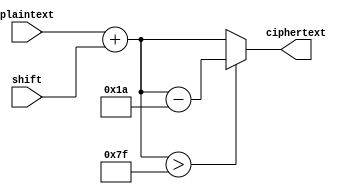
module caesar_cipher (
    input wire [7:0] plaintext, // 8-bit ASCII character
    input wire [3:0] shift,     // 4-bit shift value
    output wire [7:0] ciphertext
);

    // Declare internal signals
    wire [7:0] shifted_char;

    always @(*) begin
        // Implement the Caesar cipher logic
        shifted_char = plaintext + shift;

        if (shifted_char > 127) begin
            shifted_char = shifted_char - 26;
        end

        ciphertext = shifted_char;
    end

endmodule